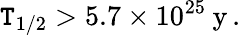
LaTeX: \mathtt{T}_{1/2}>5.7\times10^{25}\: \mathrm{{y}}\, .